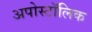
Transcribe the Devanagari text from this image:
अपोस्टॉलिक